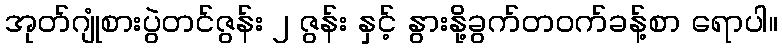
အုတ်ဂျုံစားပွဲတင်ဇွန်း ၂ ဇွန်း နှင့် နွားနို့ခွက်တဝက်ခန့်စာ ရောပါ။